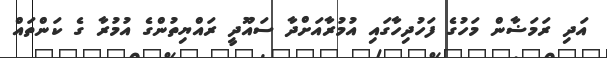
އަދި ރަމަޟާން މަހުގެ ފަހުދިހާގައި އުމުރާއަށްދާ ސައޫދީ ރައްޔިތުންގެ އުމުރާ ގެ ކަންތައް